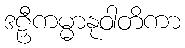
ဒဠှီကမ္မာနုဝါတိကာ